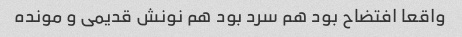
واقعا افتضاح بود هم سرد بود هم نونش قدیمی و مونده